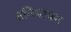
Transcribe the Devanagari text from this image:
बनियापन